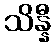
သိန္နီ